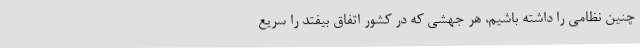
چنین نظامی را داشته باشیم، هر جهشی که در کشور اتفاق بیفتد را سریع